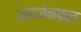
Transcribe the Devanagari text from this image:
आयजेनफ़ल